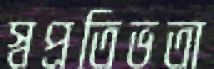
স্বপ্রতিভতা